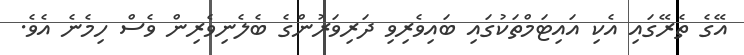
އޭގެ ތެރޭގައި އެކި އައިޓަމްތަކުގައި ބައިވެރިވި ދަރިވަރުންގެ ބެލެނިވެރިން ވެސް ހިމެނެ އެވެ.